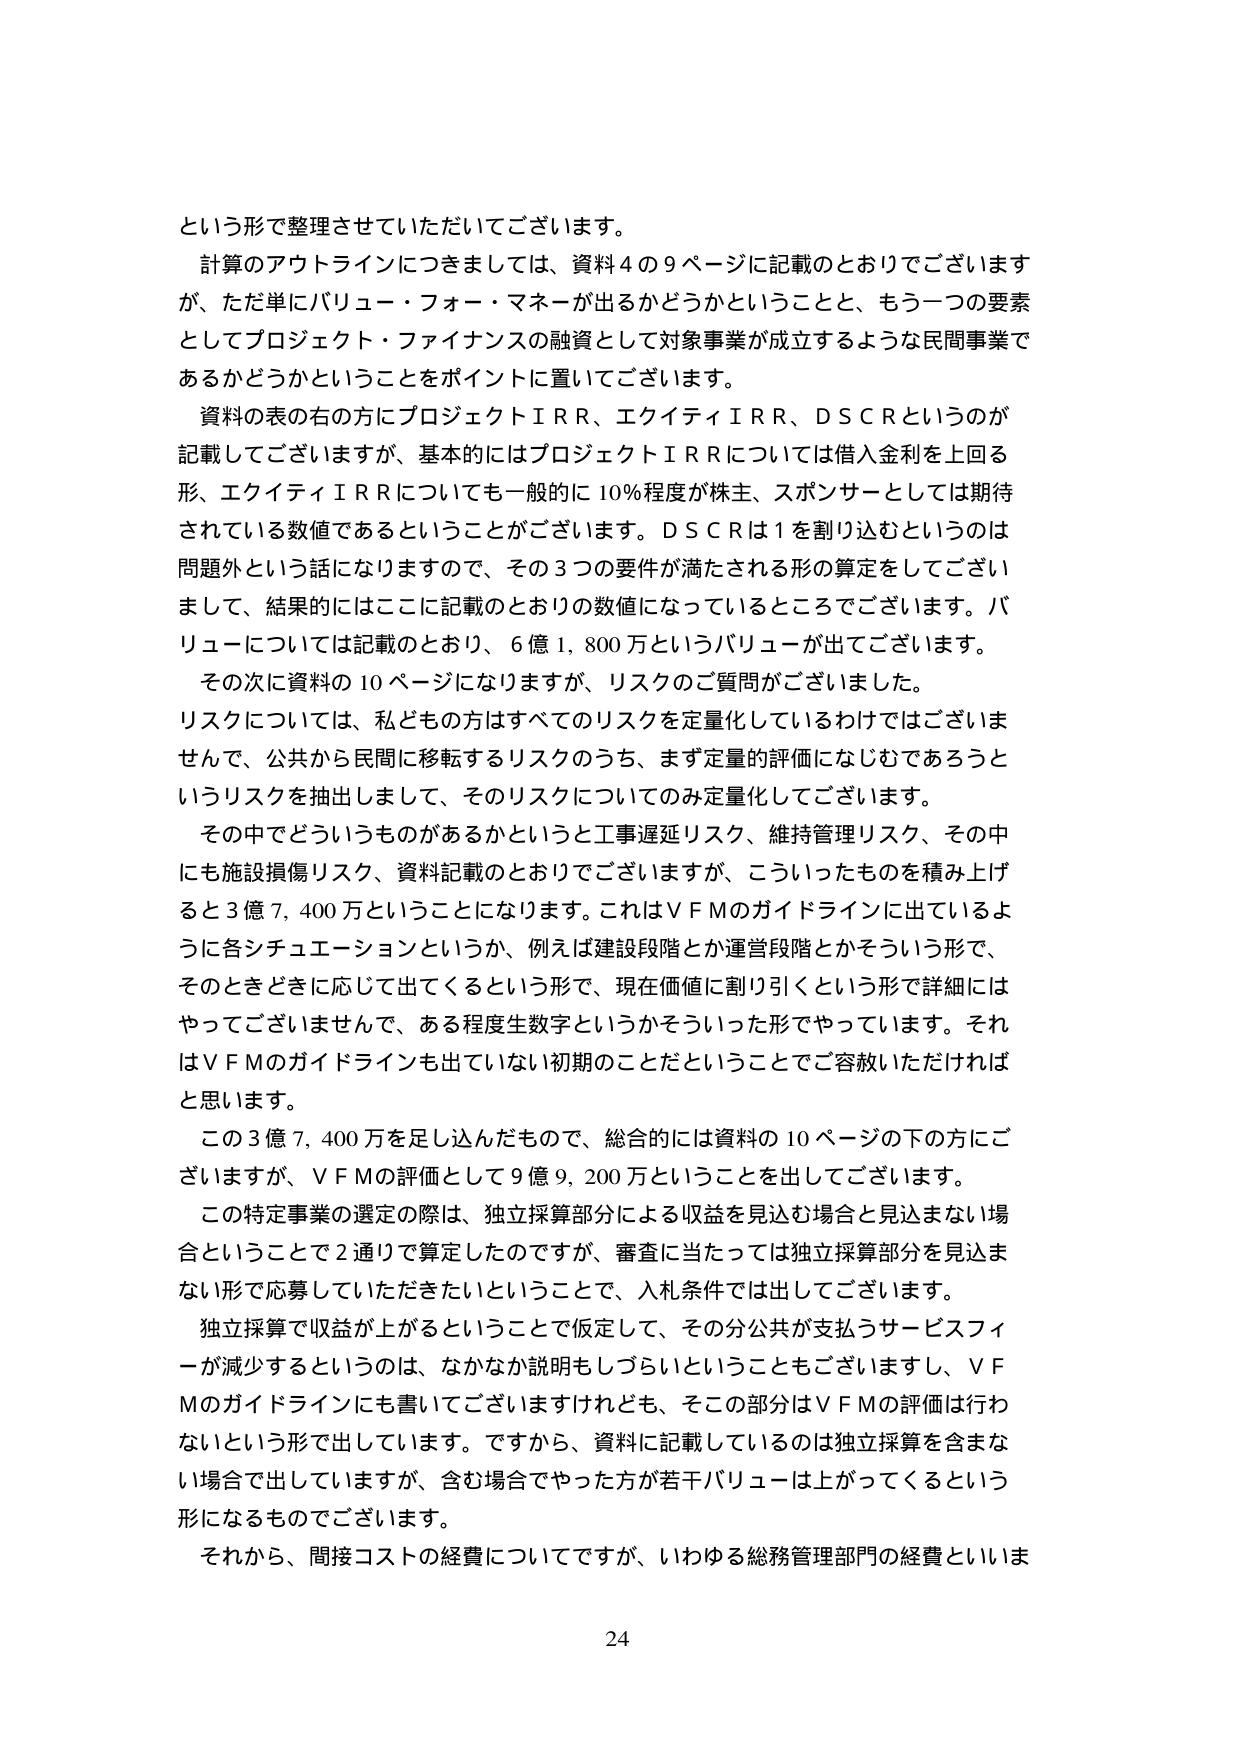
という形で整理させていただいてございます。

計算のアウトラインにつきましては、資料４の９ページに記載のとおりでございますが、ただ単にバリュー・フォー・マネーが出るかどうかということと、もう一つの要素としてプロジェクト・ファイナンスの融資として対象事業が成立するような民間事業であるかどうかということをポイントに置いてございます。

資料の表の右の方にプロジェクトＩＲＲ、エクイティＩＲＲ、ＤＳＣＲというのが記載してございますが、基本的にはプロジェクトＩＲＲについては借入金利を上回る形、エクイティＩＲＲについても一般的に10％程度が株主、スポンサーとしては期待されている数値であるということがございます。ＤＳＣＲは1を割り込むというのは問題外という話になりますので、その3つの要件が満たされる形の算定をしてございまして、結果的にはここに記載のとおりの数値になっているところでございます。バリューについては記載のとおり、6億1,800万というバリューが出てございます。

その次に資料の10ページになりますが、リスクのご質問がございました。リスクについては、私どもの方はすべてのリスクを定量化しているわけではございませんで、公共から民間に移転するリスクのうち、まず定量的評価になじむであろうというリスクを抽出しまして、そのリスクについてのみ定量化してございます。

その中でどういうものがあるかというと工事遅延リスク、維持管理リスク、その中にも施設損傷リスク、資料記載のとおりでございますが、こういったものを積み上げると3億7,400万ということになります。これはＶＦＭのガイドラインに出ているように各シチュエーションというか、例えば建設段階とか運営段階とかそういう形で、そのときどきに応じて出てくるという形で、現在価値に割り引くという形で詳細にはやってございませんんで、ある程度生数字というかそういった形でやっていきます。それはＶＦＭのガイドラインも出ていない初期のことだということでご容赦いただければと思います。

この3億7,400万を足し込んだもので、総合的には資料の10ページの下の方にございますが、ＶＦＭの評価として9億9,200万ということを出してございます。

この特定事業の選定の際は、独立採算部分による収益を見込む場合と見込まない場合ということで2通りで算定したのですが、審査に当たっては独立採算部分を見込まない形で応募していただきたいということで、入札条件では出してございます。

独立採算で収益が上がるということで仮定して、その分公共が支払うサービスフィーが減少するというのは、なかなか説明もしづらいということもございますし、ＶＦＭのガイドラインにも書いてございますけれども、そこの部分はＶＦＭの評価は行わないという形で出しています。ですから、資料に記載しているのは独立採算を含まない場合で出していますが、含む場合でやった方が若干バリューは上がってくるという形になるものでございます。

それから、間接コストの経費についてですが、いわゆる総務管理部門の経費といいま

24